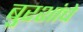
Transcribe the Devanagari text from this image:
बुरशांचे